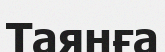
Таянға